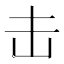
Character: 击